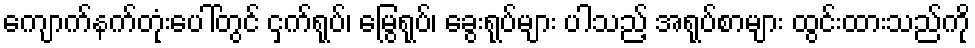
ကျောက်နက်တုံးပေါ်တွင် ငှက်ရုပ်၊ မြွေရုပ်၊ ခွေးရုပ်များ ပါသည့် အရုပ်စာများ ထွင်းထားသည်ကို